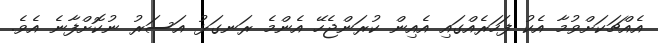
އެއްޗަކަށްވުމާ އެކު ފަހަރެއްގައި އެއިން ކުރަންޖެހޭ އެންމެ ރަނގަޅު އަސަރު ނުކޮށްފާނެ އެވެ.